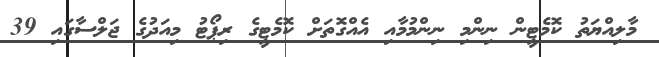
މާލިއްޔަތު ކޮމެޓީން ނިންމި ނިންމުމާއި އެއްގޮތަށް ކޮމެޓީގެ ރިޕޯޓު މިއަދުގެ ޖަލްސާގައި 39